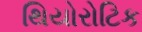
થિયોરોટિક